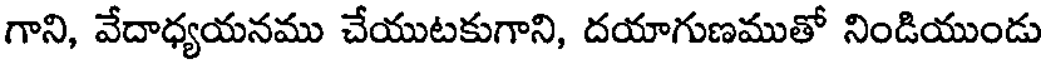
గాని, వేదాధ్యయనము చేయుటకుగాని, దయాగుణముతో నిండియుండు